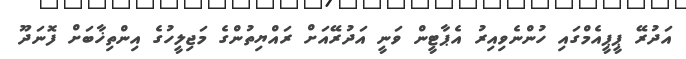
އަދުރޭ ޕީޕީއެމްގައި ހުންނެވިއިރު އެޕާޓީން ވަނީ އަދުރޭއަށް ރައްޔިތުންގެ މަޖިލީހުގެ އިންތިޚާބަށް ފޮނަދޫ